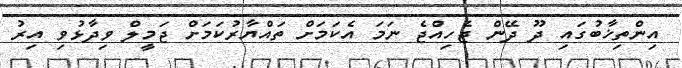
އިންތިޚާބުގައި ދޫ ދޭން ޖެހިއްޖެ ނަމަ އެކަމަށް ތައްޔާރުކަމަށް ޖަމީލް ވިދާޅުވި އިރު